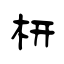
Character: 枅